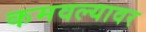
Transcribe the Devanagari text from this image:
कमवल्यावर